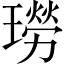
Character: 𤩂